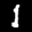
Label: 1